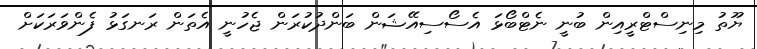
ޔޫތު މިނިސްޓްރީއިން ބުނީ ނެޓްބޯޅަ އެސޯސިއޭޝަން ބަންދުކުރަން ޖެހުނީ އެތަން ރަނގަޅު ފެންވަރަކަށް